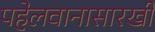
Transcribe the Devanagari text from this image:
पहेलवानासारखी